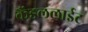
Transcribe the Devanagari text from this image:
कैंडललाईट